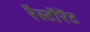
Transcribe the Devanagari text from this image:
रैस्टौरेंट